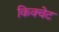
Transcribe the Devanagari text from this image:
किक्वेट